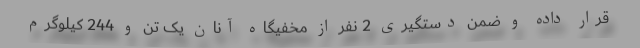
قرار داده و ضمن دستگیری 2 نفر از مخفیگاه آنان یک تن و 244 کیلوگرم